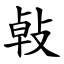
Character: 㪕